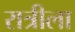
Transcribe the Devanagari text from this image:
रात्रीला